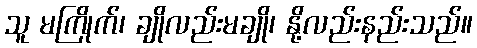
သူ မကြိုက်၊ ချိုလည်းမချို၊ နို့လည်းနည်းသည်။